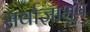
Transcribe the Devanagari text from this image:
सर्वाज्ञाभूप